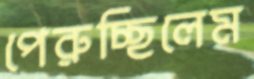
পেরুচ্ছিলেম